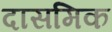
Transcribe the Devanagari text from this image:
दासमिक